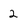
Character: 2